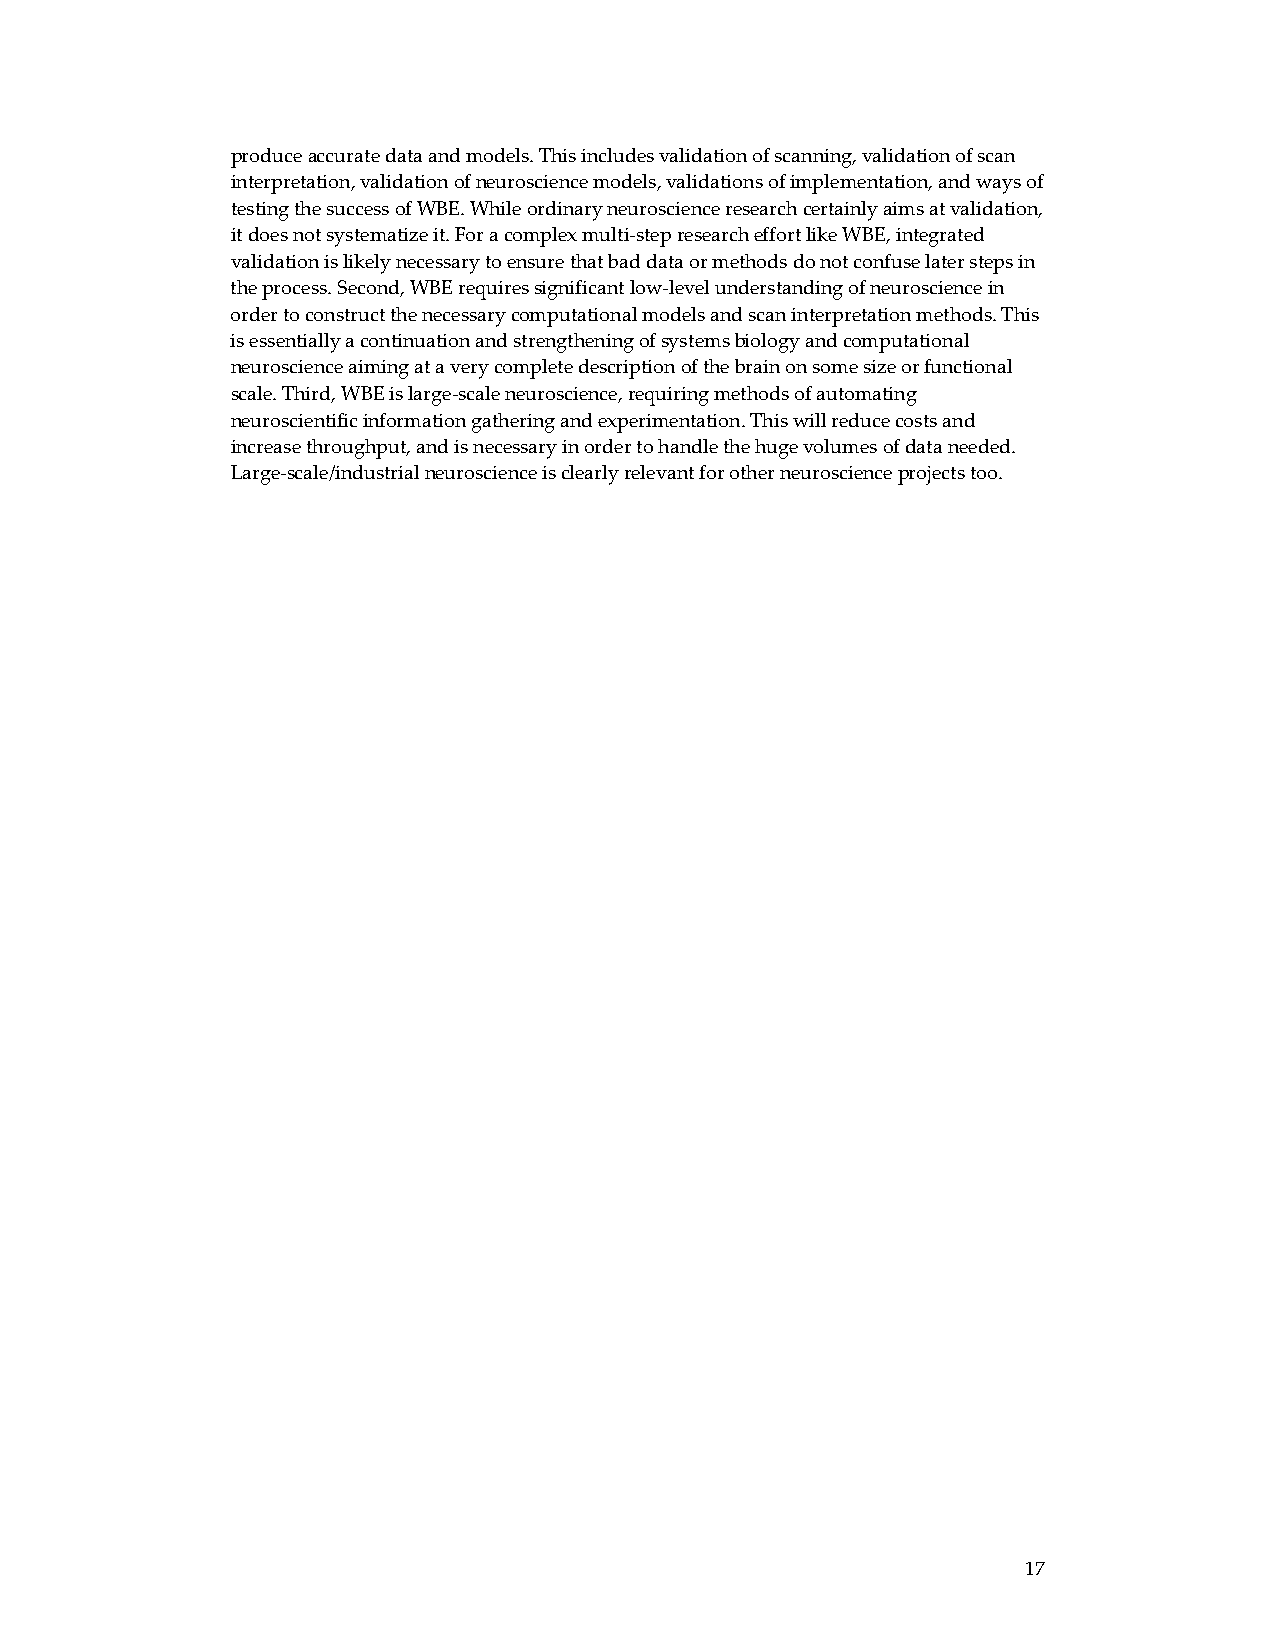
produce accurate data and models. This includes validation of scanning, validation of scan
 interpretation, validation of neuroscience models, validations of implementation, and ways of
 testing the success of WBE. While ordinary neuroscience research certainly aims at validation,
 it does not systematize it. For a complex multi‐step research effort like WBE, integrated
 validation is likely necessary to ensure that bad data or methods do not confuse later steps in
 the process. Second, WBE requires significant low‐level understanding of neuroscience in
 order to construct the necessary computational models and scan interpretation methods. This
 is essentially a continuation and strengthening of systems biology and computational
 neuroscience aiming at a very complete description of the brain on some size or functional
 scale. Third, WBE is large‐scale neuroscience, requiring methods of automating
 neuroscientific information gathering and experimentation. This will reduce costs and
 increase throughput, and is necessary in order to handle the huge volumes of data needed.
 Large‐scale/industrial neuroscience is clearly relevant for other neuroscience projects too.
 17